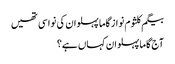
بیگم کلثوم نواز گاما پہلوان کی نواسی تھیں
آج گاما پہلوان کہاں ہے؟